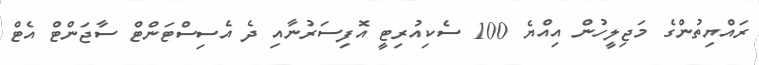
ރައްޔިތުންގެ މަޖިލީހުން އިއްޔެ 100 ސެކިއުރިޓީ އޮފިސަރުނާއި ދެ އެސިސްޓަންޓް ސާޖަންޓް އެޓް